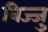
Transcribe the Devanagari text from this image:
विज्जु